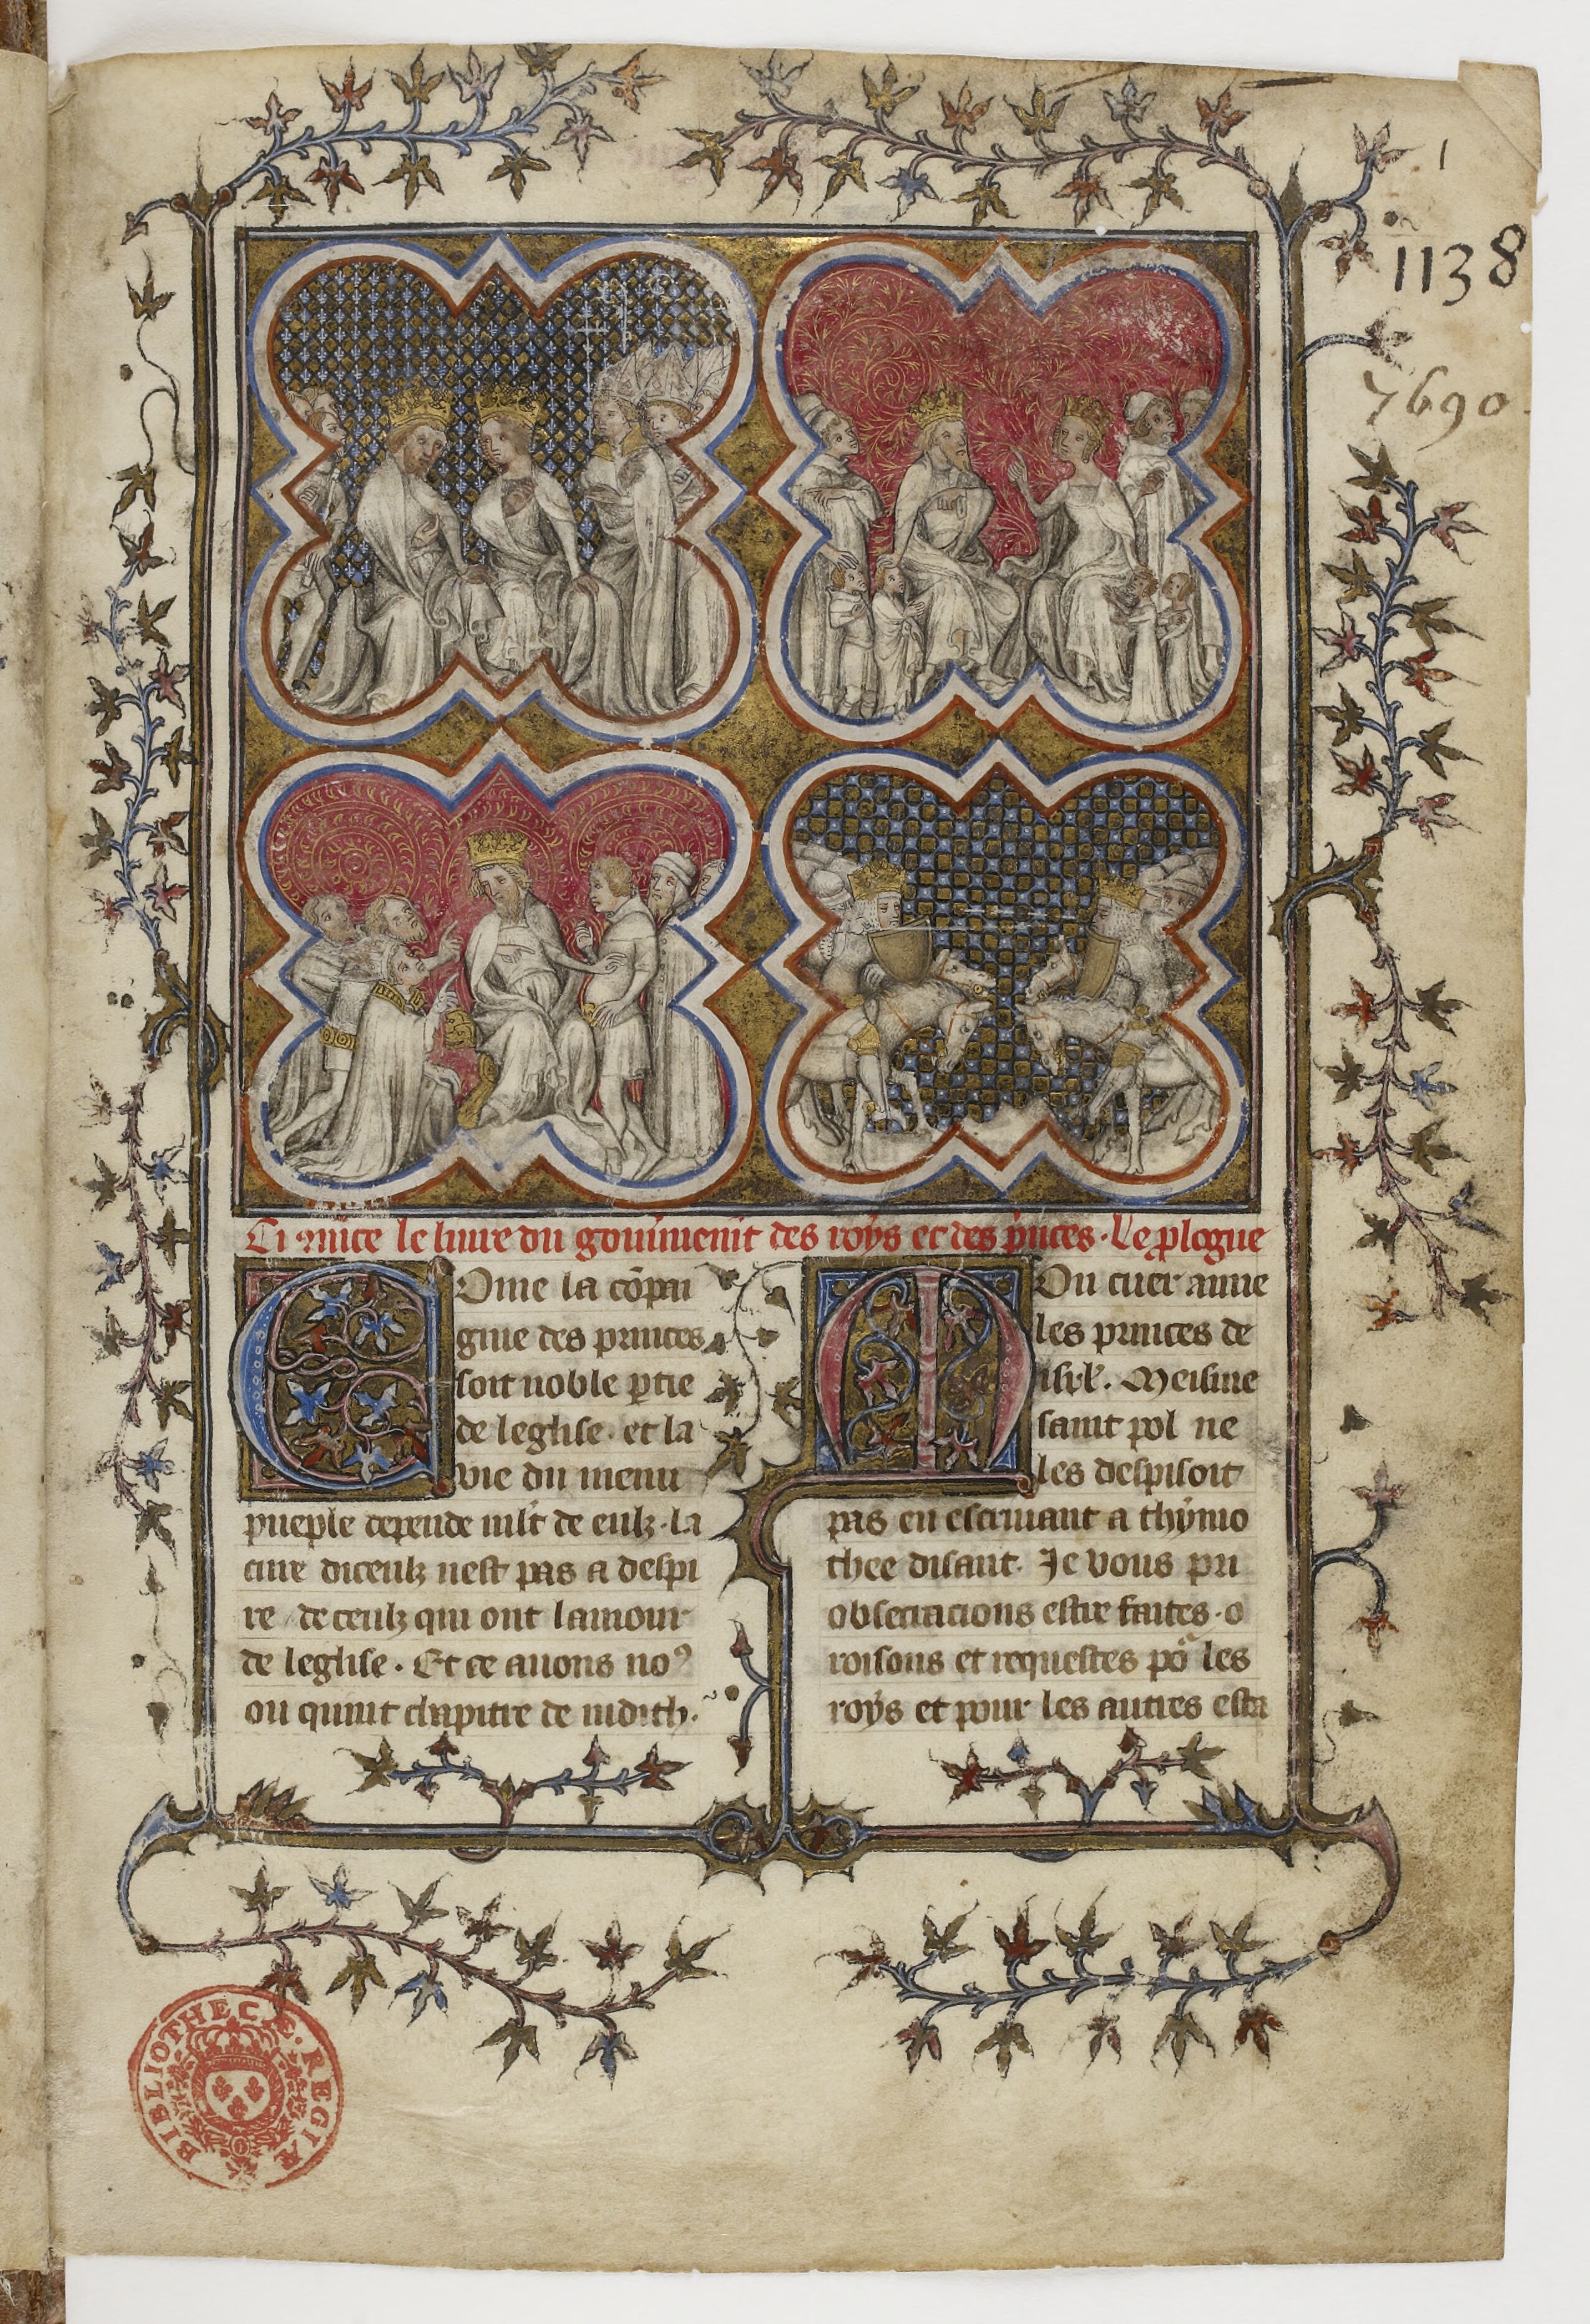
Shelfmark: Paris, BnF, fr. 1728
Century: 14